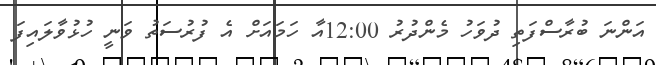
އަންނަ ބުރާސްފަތި ދުވަހު މެންދުރު 12:00އާ ހަމައަށް އެ ފުރުސަތު ވަނީ ހުޅުވާލައިފަ